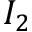
I _ { 2 }